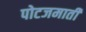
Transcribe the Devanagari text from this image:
पोटजमाती